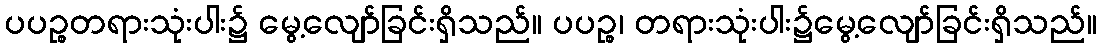
ပပဉ္စတရားသုံးပါး၌ မွေ့လျော်ခြင်းရှိသည်။ ပပဉ္စ၊ တရားသုံးပါး၌မွေ့လျော်ခြင်းရှိသည်။